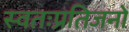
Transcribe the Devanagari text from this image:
स्वतःप्रतिजनों